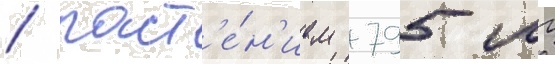
/ раст'е́н'ием 795 мг